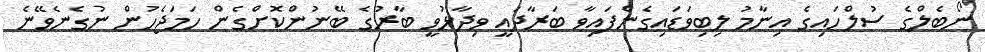
ނޯބެލްގެ ސުލްހައިގެ އިނާމު ލިބިވަޑައިގެންފައިވާ ބަރާދައީ ވިދާޅުވީ ބާރުގެ ބޭނުންކޮށްގެން ހަމަޖެހުން ނުގެނެވޭނެ